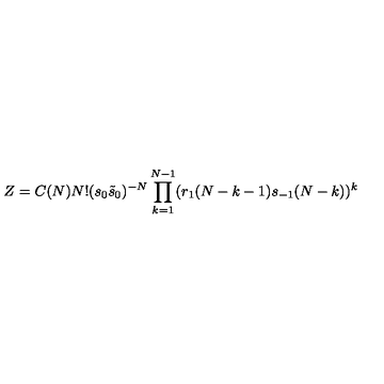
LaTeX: Z = C ( N ) N ! ( s _ { 0 } { \tilde { s } } _ { 0 } ) ^ { - N } \prod _ { k = 1 } ^ { N - 1 } ( r _ { 1 } ( N - k - 1 ) s _ { - 1 } ( N - k ) ) ^ { k }